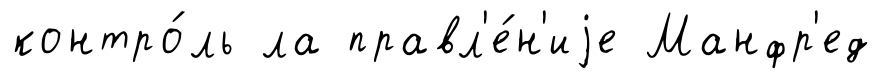
контро́ль ла правл'е́н'иjе Манфр'ед